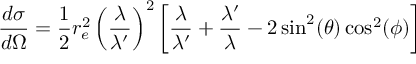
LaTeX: { \frac { d \sigma } { d \Omega } } = { \frac { 1 } { 2 } } r _ { e } ^ { 2 } \left( { \frac { \lambda } { \lambda ^ { \prime } } } \right) ^ { 2 } \left[ { \frac { \lambda } { \lambda ^ { \prime } } } + { \frac { \lambda ^ { \prime } } { \lambda } } - 2 \sin ^ { 2 } ( \theta ) \cos ^ { 2 } ( \phi ) \right]